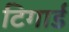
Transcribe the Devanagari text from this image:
टिगार्ड